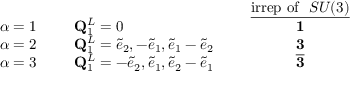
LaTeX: \begin{array} { l l l l c } { { } } & { { } } & { { } } & { { } } & { { \underline { { { { \mathrm { i r r e p ~ o f ~ } } ~ S U ( 3 ) } } } } } \\ { { \alpha = 1 } } & { { \phantom { 6 } } } & { { { \bf Q } _ { 1 } ^ { L } = 0 } } & { { \phantom { 6 } } } & { { { \bf 1 } } } \\ { { \alpha = 2 } } & { { } } & { { { \bf Q } _ { 1 } ^ { L } = \tilde { e } _ { 2 } , - \tilde { e } _ { 1 } , \tilde { e } _ { 1 } - \tilde { e } _ { 2 } } } & { { } } & { { { \bf 3 } } } \\ { { \alpha = 3 } } & { { } } & { { { \bf Q } _ { 1 } ^ { L } = - \tilde { e } _ { 2 } , \tilde { e } _ { 1 } , \tilde { e } _ { 2 } - \tilde { e } _ { 1 } } } & { { } } & { { { \bf { \overline { { { 3 } } } } } } } \end{array}